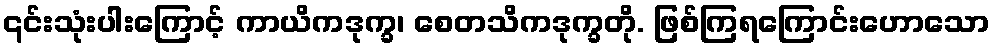
၎င်းသုံးပါးကြောင့် ကာယိကဒုက္ခ၊ စေတသိကဒုက္ခတို. ဖြစ်ကြရကြောင်းဟောသော